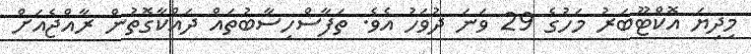
މިދިޔަ އޮކްޓޫބަރު މަހުގެ 29 ވަނަ ދުވަހު އެވެ. ތަފާސްހިސާބުތައް ދައްކާގޮތުން ރާއްޖެއަށް